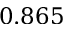
0 . 8 6 5